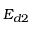
E _ { d 2 }